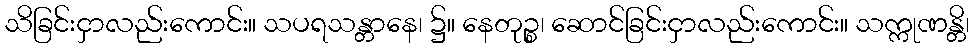
သိခြင်းငှာလည်းကောင်း။ သပရသန္တာနေ၊ ၌။ နေတုဉ္စ၊ ဆောင်ခြင်းငှာလည်းကောင်း။ သက္ကုဏန္တိ၊